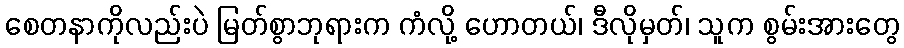
စေတနာကိုလည်းပဲ မြတ်စွာဘုရားက ကံလို့ ဟောတယ်၊ ဒီလိုမှတ်၊ သူက စွမ်းအားတွေ